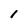
Character: 1